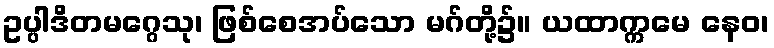
ဥပ္ပါဒိတမဂ္ဂေသု၊ ဖြစ်စေအပ်သော မဂ်တို့၌။ ယထာက္ကမေ နေဝ၊